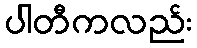
ပါတီကလည်း